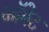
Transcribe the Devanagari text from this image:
कॉमेट